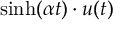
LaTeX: \sinh ( \alpha t ) \cdot u ( t )